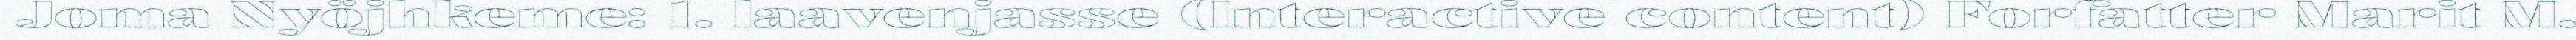
Joma Nyöjhkeme: 1. laavenjasse (Interactive content) Forfatter Marit M.